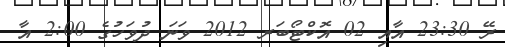
ރޭ 23:30 އާއި 02 އޮކްޓޯބަރ 2012 ވަނަ ދުވަހުގެ 2:00 އާ